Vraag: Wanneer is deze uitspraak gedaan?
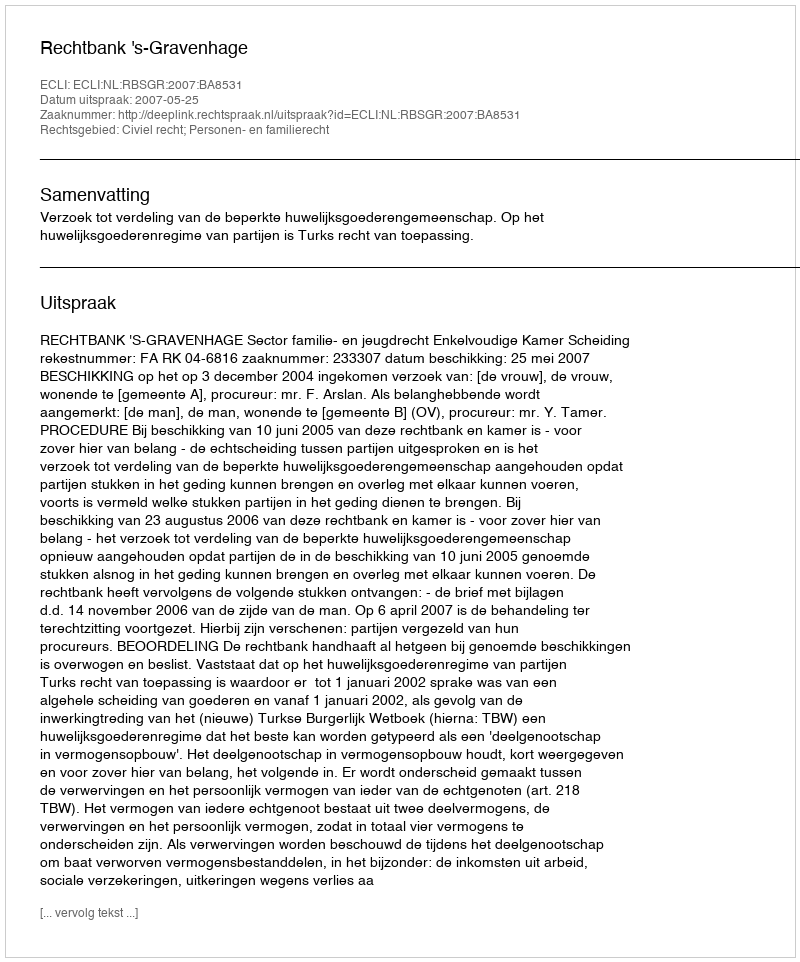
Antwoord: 2007-05-25